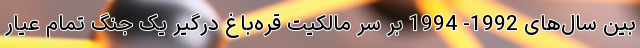
بین سال‌های 1992- 1994 بر سر مالکیت قره‌باغ درگیر یک جنگ تمام عیار